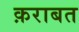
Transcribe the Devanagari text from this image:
क़राबत